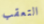
التعقب